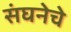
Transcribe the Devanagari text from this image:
संघनेचे